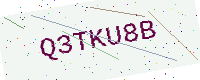
Text: Q3TKU8B